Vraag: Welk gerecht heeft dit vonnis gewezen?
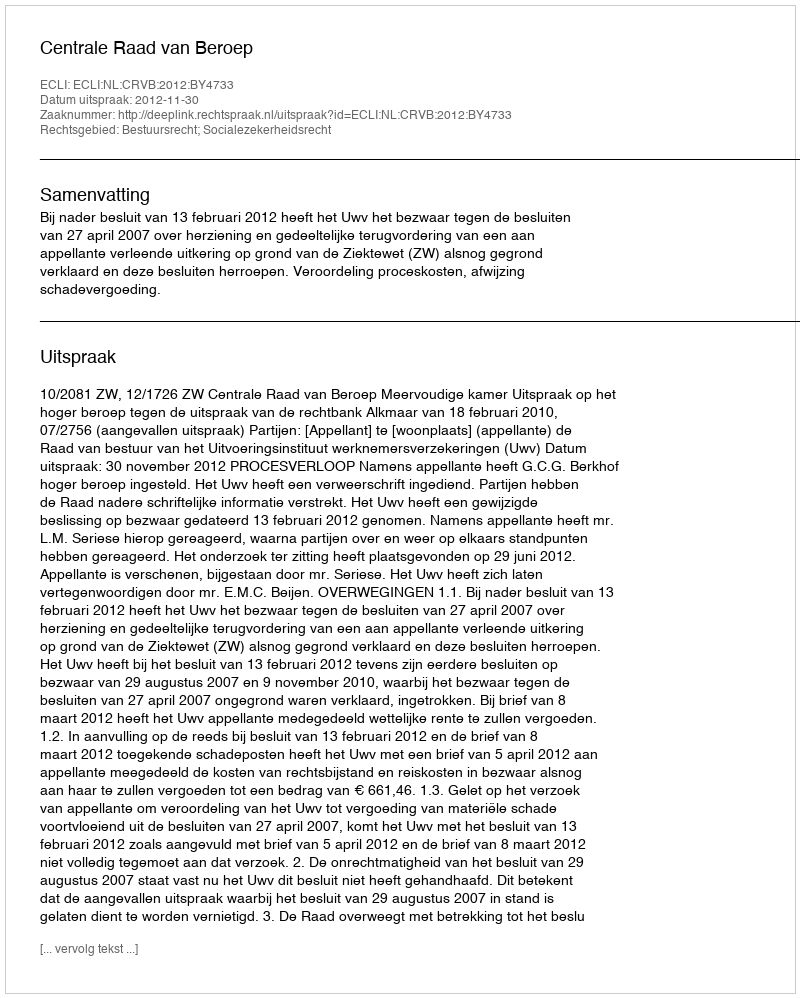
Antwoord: Centrale Raad van Beroep